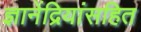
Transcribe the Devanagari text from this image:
ज्ञानेंद्रियांसहित